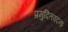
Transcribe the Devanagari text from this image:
प्रमुदितवदना